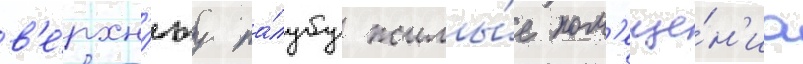
в'е́рхн'юу па́лубу жилы́е пом'еще́н'иа